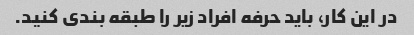
در این کار، باید حرفه افراد زیر را طبقه بندی کنید.